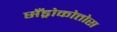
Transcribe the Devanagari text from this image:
सँड्रोकोत्तोस